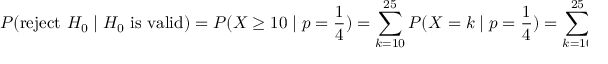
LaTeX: P ( { \mathrm { r e j e c t ~ } } H _ { 0 } \mid H _ { 0 } { \mathrm { ~ i s ~ v a l i d } } ) = P ( X \geq 1 0 \mid p = { \frac { 1 } { 4 } } ) = \sum _ { k = 1 0 } ^ { 2 5 } P ( X = k \mid p = { \frac { 1 } { 4 } } ) = \sum _ { k = 1 0 } ^ { 2 5 } C ( 2 5 , k ) ( 1 - { \frac { 1 } { 4 } } ) ^ { ( 2 5 - k ) } ( { \frac { 1 } { 4 } } ) ^ { k } \approx 0 { . } 0 7 1 3 ,